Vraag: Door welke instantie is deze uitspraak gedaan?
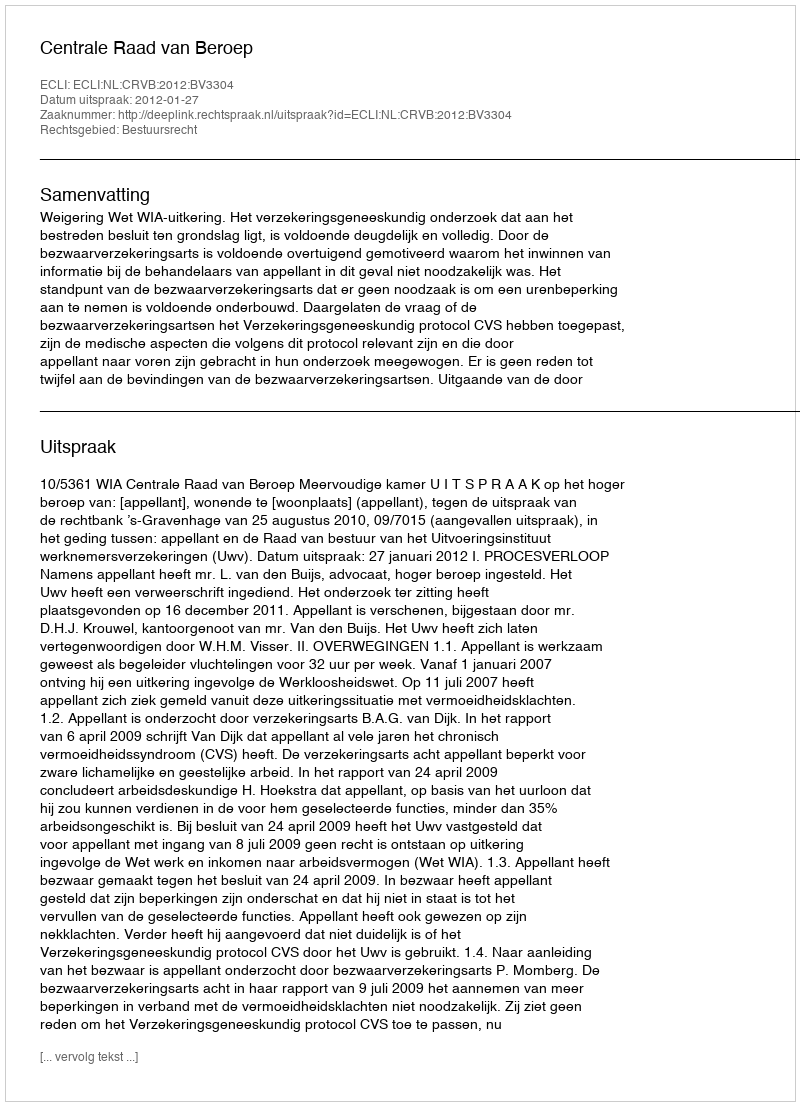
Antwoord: Centrale Raad van Beroep